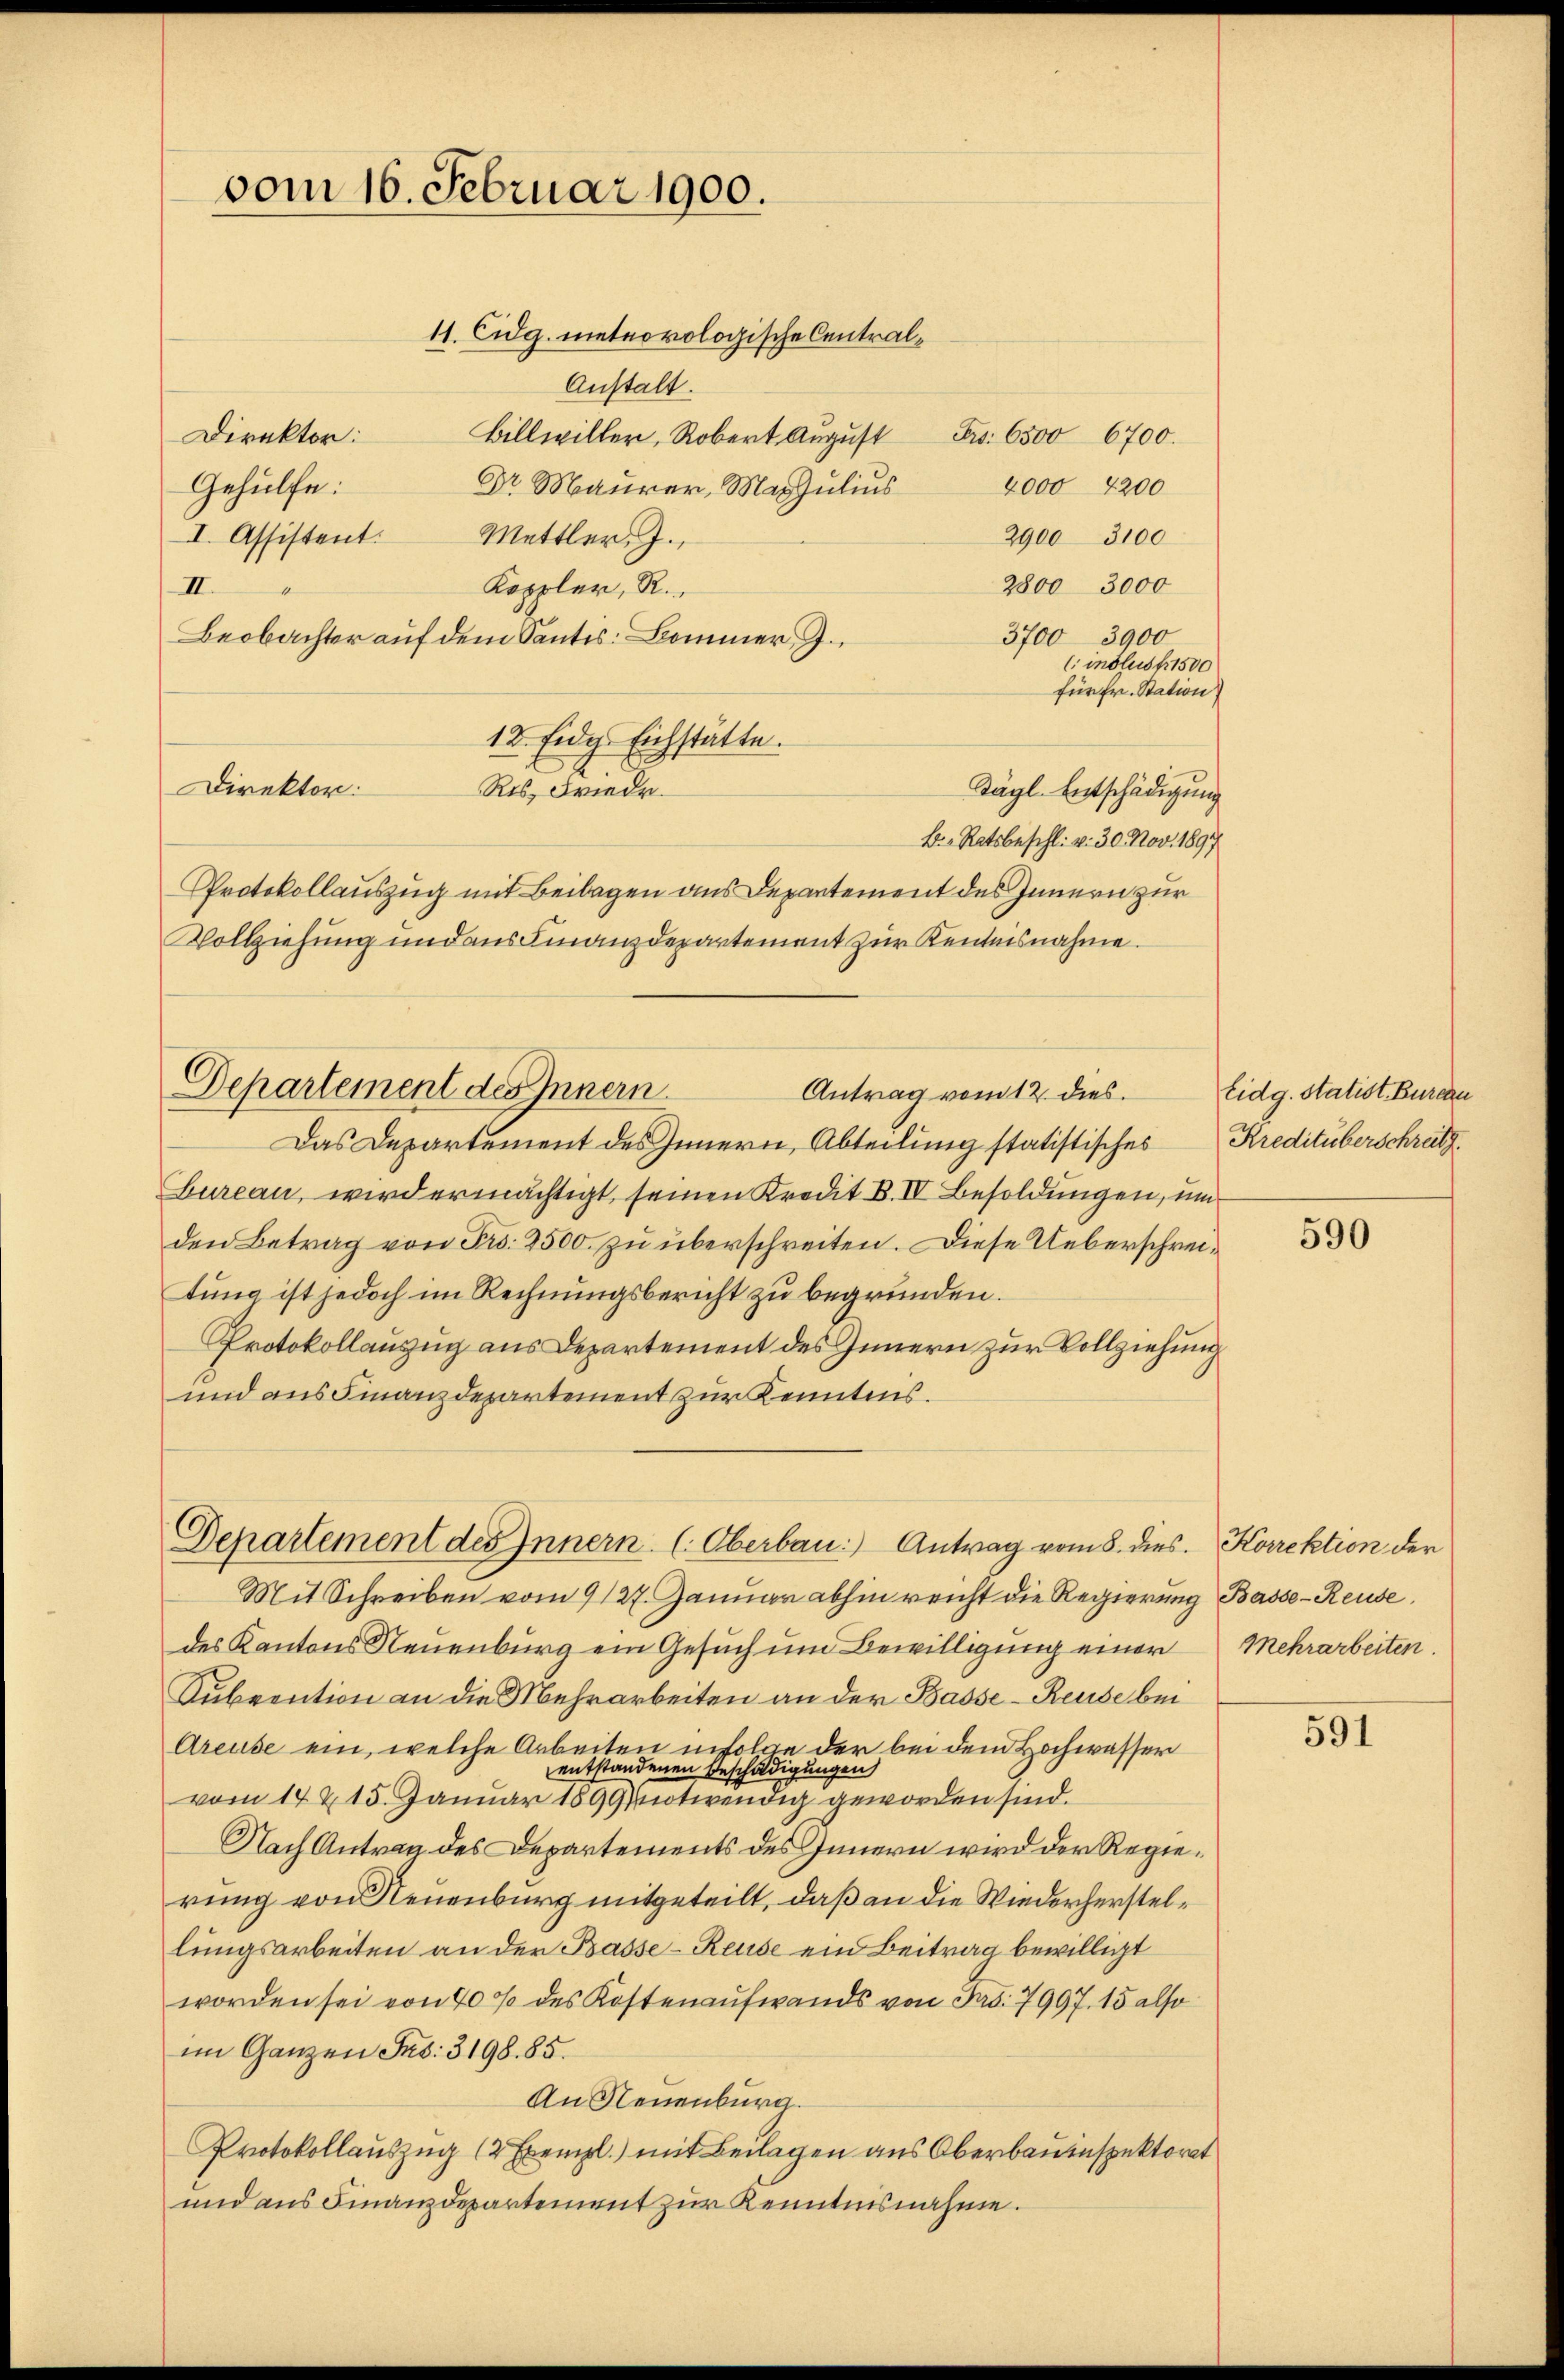
vom 16. Februar 1900.

12. Eidg. Eichstätte.
Direktor:
Ris, Friedr.
Protokollauszug mit Beilagen aus Departement des Innern zur
Vollziehung und aus Finanzdepartement zur Kentnisnahme.

11. Eidg. meteorologische Central¬
Anstalt.
Billwiller, Robert Aŭgŭst Fr. 6500 6700.
Direktor:
Dr Maurer, Majulius
4000 4200
Gehülfe:
I. Assistent. Mettler. J.
2900 3100
2800 3000
Koppler, R
II.
3700 3900
Beobachter auf dem Santis: Bommer, J.
(inslust 1500
für Fr. Station
Tägl. Entschädigung
B.Ratsbeschl. v. 30. Nov. 1897
Departement des Innern
Antrag vom 12. dies
Das Departement des Innern, Abteilung statistisches Kreditüberschreitz
Bureau, wird ermächtigt, seinen Kredit B. IV. Besoldungen, um
den Betrag von Pro. 2500. zu überschreiten. Diese Ueberschreitung ist jedoch im Rechnungsbericht zu begründen.
Protokollauzug aus Departement des Innern zur Vollziehung
und aus Finanzdepartement zur Kenntnis.

Departement des Innern. (Oberbau. Antrag vom 8. dies. Korrektion der

Eidg. statist. Bureau

Mit Schreiben vom 9127. Januar abhin reicht die Regierung Basse-Reuse,
des Kantons Neuenburg ein Gesuch um Bewilligung einer Mehrarbeiten.
Subvention an die Mehrarbeiten an der Basse Reuse bei
Areuse ein, welche Arbeiten infolge der bei dem Hochwasser
entstandenen Beschädigungen)
vom 14 t 15. Januar 1899 entwendig geworden sind.
Nach Antrag des Departements des Innern wird der Regierung von Neuenburg mitgeteilt, daß an die Wiederherstellungsarbeiten an der Basse - Reuse ein Beitrag bewilligt
worden sei von 40% des Kostenaufwands von Fr. 7997. 15 also
im Ganzen Jes. 3198. 85.
An Neuenburg.
Protokollauszug (2 Exempl.) mit Beilagen aus Oberbauinspektorat
und aus Finanzdepartement zur Kenntnisnahme.

590

591